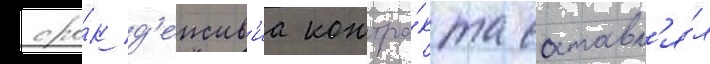
сро́к д'еиств'иа контра́кта составл'я́л